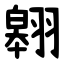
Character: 翱